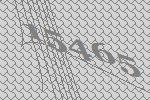
15465